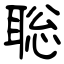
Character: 聡